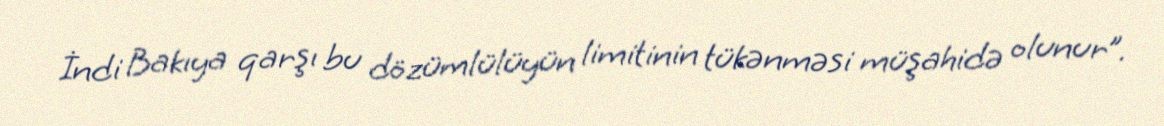
İndi Bakıya qarşı bu dözümlülüyün limitinin tükənməsi müşahidə olunur”.